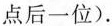
点后一位)。